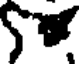
S